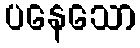
ပနေသော